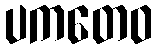
ပကတေဝ